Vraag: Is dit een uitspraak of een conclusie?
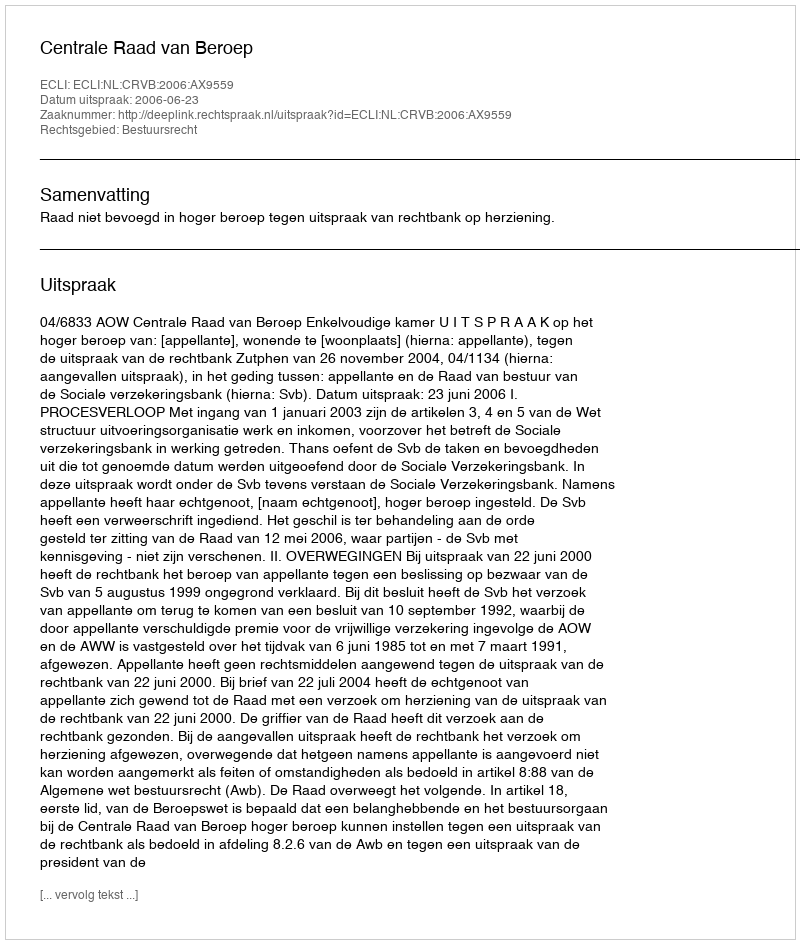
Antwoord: Uitspraak